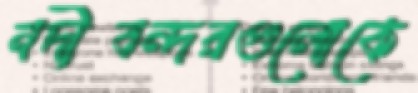
নদীবন্দরগুলোকে